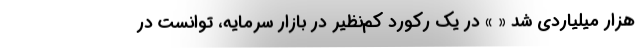
هزار میلیاردی شد « » در یک رکورد کم‌نظیر در بازار سرمایه، توانست در